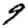
Digit: 9